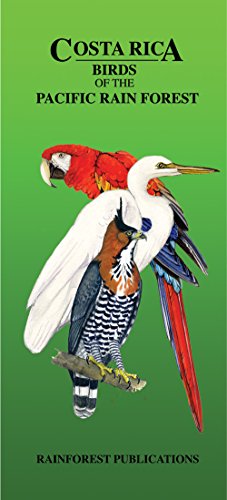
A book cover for Costa Rica Pacific Rain Forest Bird Guide (Laminated Foldout Pocket Field Guide) (Tropical Wildlife Field Guide) (English and Spanish Edition); Rainforest Publications; Travel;